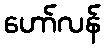
ဟော်လန်